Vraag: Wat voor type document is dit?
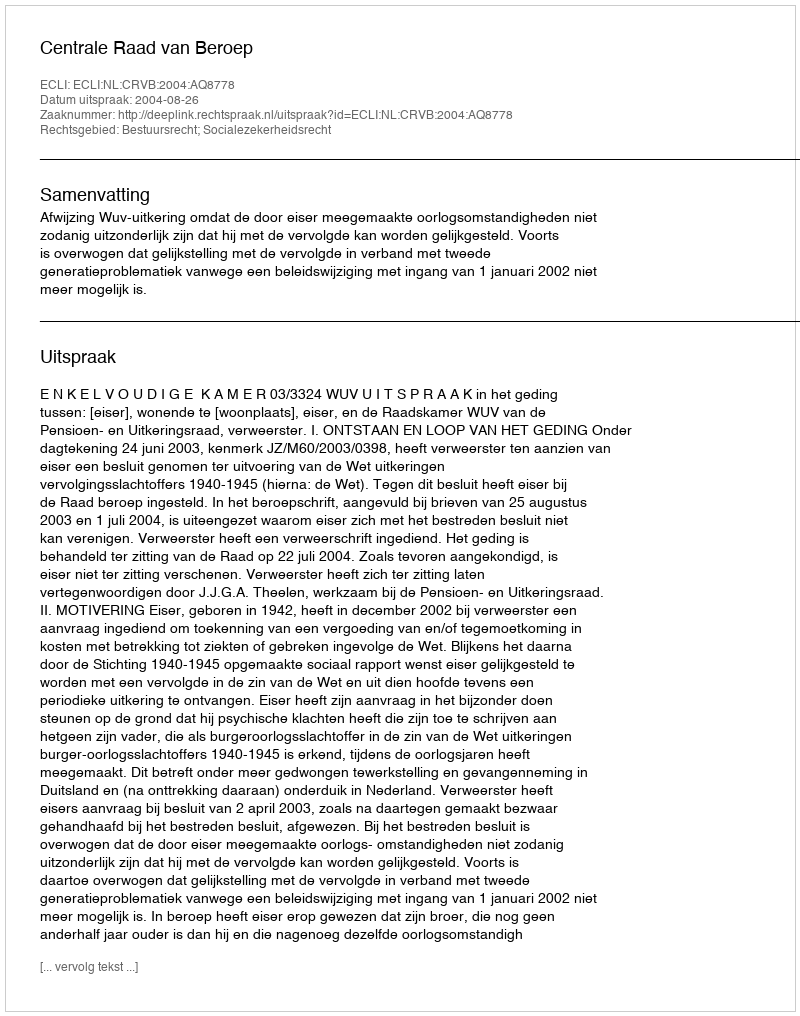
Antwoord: Uitspraak